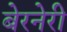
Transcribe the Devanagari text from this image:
बेरनेरी